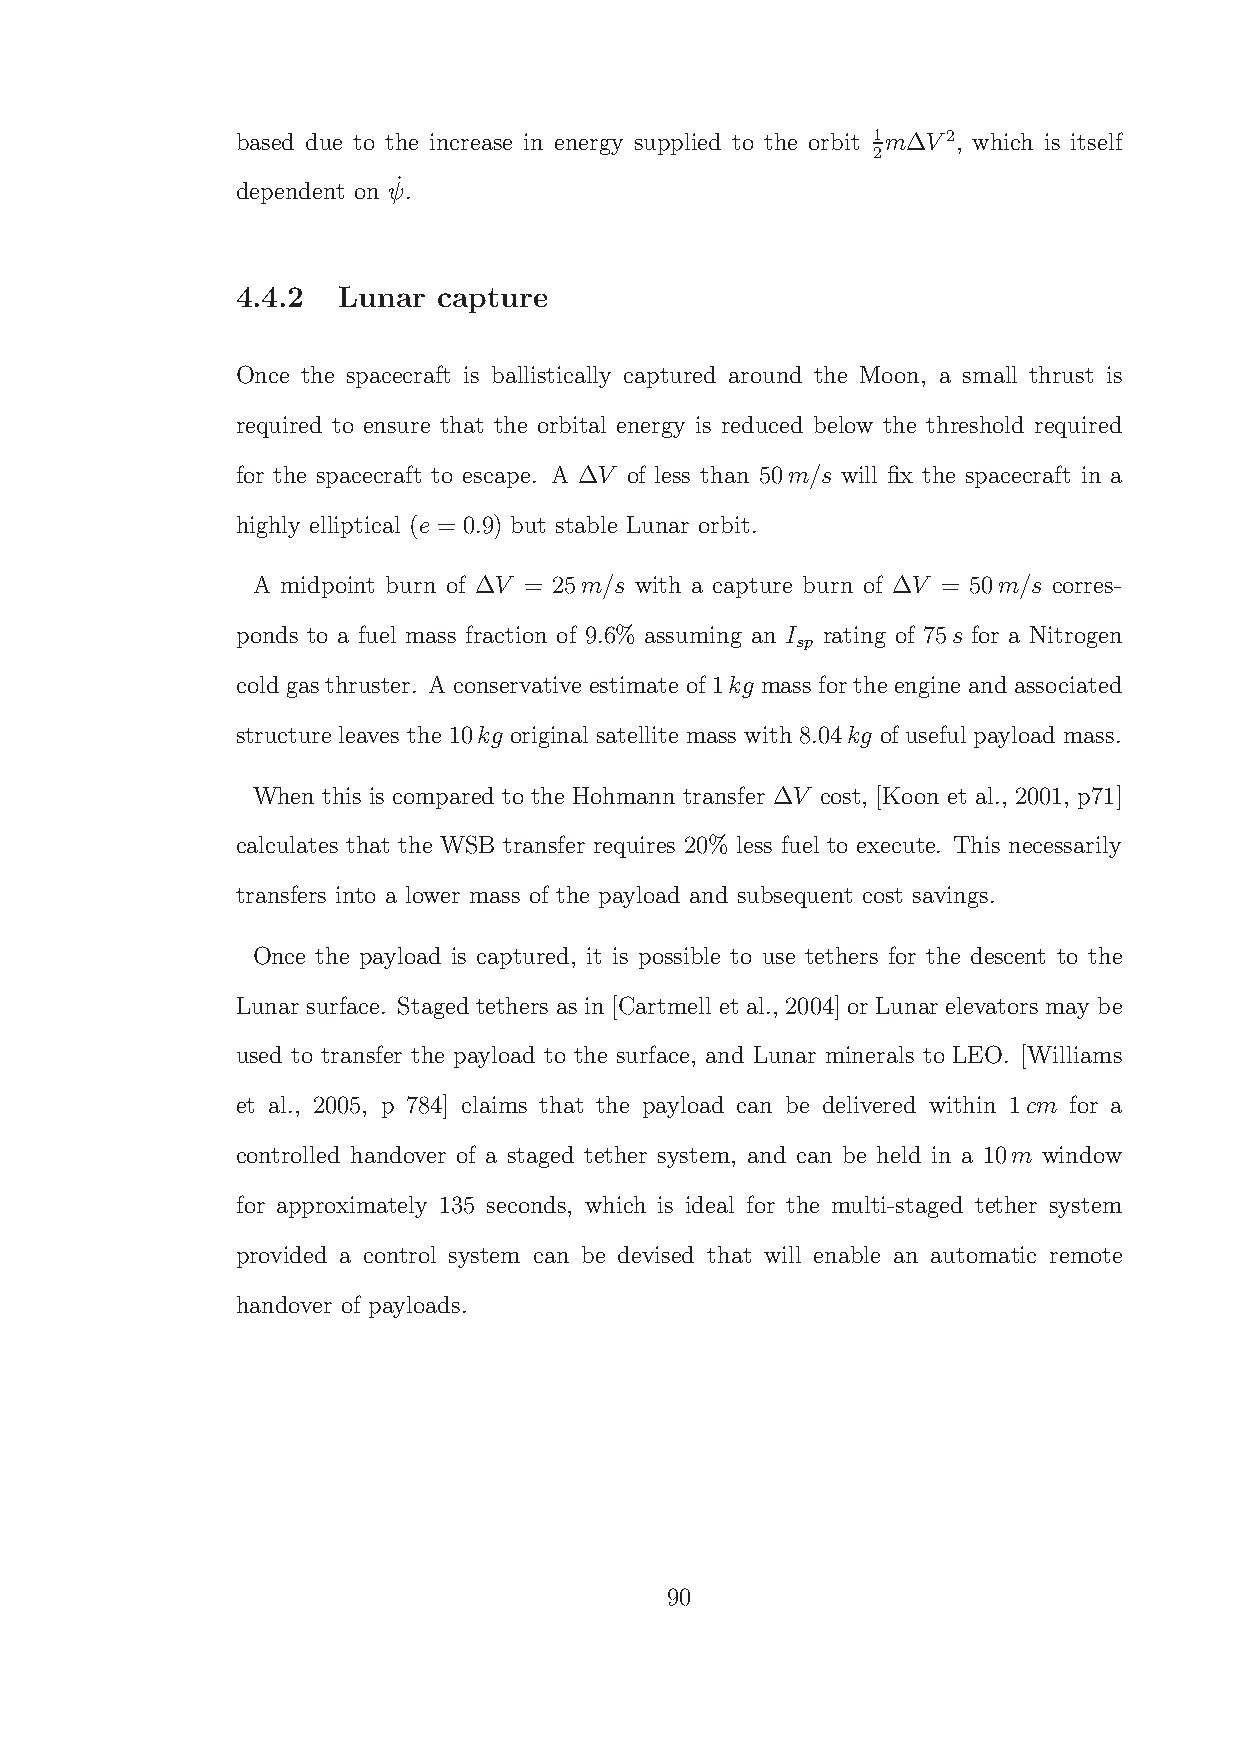
based due to the increase in energy supplied to the orbit 1m∆V2, which is itself
 2
 ˙
 dependent on ψ.
 4.4.2 Lunar  capture
 Once the spacecraft is ballistically captured around the Moon, a small thrust is
 required to ensure that the orbital energy is reduced below the threshold required
 for the spacecraft to escape. A ∆V of less than 50m/s will fix the spacecraft in a
 highly elliptical (e = 0.9) but stable Lunar orbit.
 A midpoint burn of ∆V = 25m/s with a capture burn of ∆V = 50m/s corres-
 ponds to a fuel mass fraction of 9.6% assuming an I rating of 75s for a Nitrogen
 sp
 cold gasthruster. Aconservative estimate of 1kg mass for the engine andassociated
 structure leaves the 10kg original satellite mass with 8.04kg of useful payload mass.
 When this is compared to the Hohmann transfer ∆V cost, [Koon et al., 2001, p71]
 calculates that the WSB transfer requires 20% less fuel to execute. This necessarily
 transfers into a lower mass of the payload and subsequent cost savings.
 Once the payload is captured, it is possible to use tethers for the descent to the
 Lunar surface. Staged tethers as in [Cartmell et al., 2004] or Lunar elevators may be
 used to transfer the payload to the surface, and Lunar minerals to LEO. [Williams
 et al., 2005, p 784] claims that the payload can be delivered within 1cm for a
 controlled handover of a staged tether system, and can be held in a 10m window
 for approximately 135 seconds, which is ideal for the multi-staged tether system
 provided a control system can be devised that will enable an automatic remote
 handover of payloads.
 90